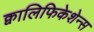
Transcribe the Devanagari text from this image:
क्वालिफिकेशेन्स